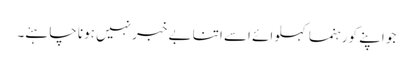
جو اپنے کو رہنما کہلوائے اسے اتنا بے خبر نہیں ہونا چاہئے۔